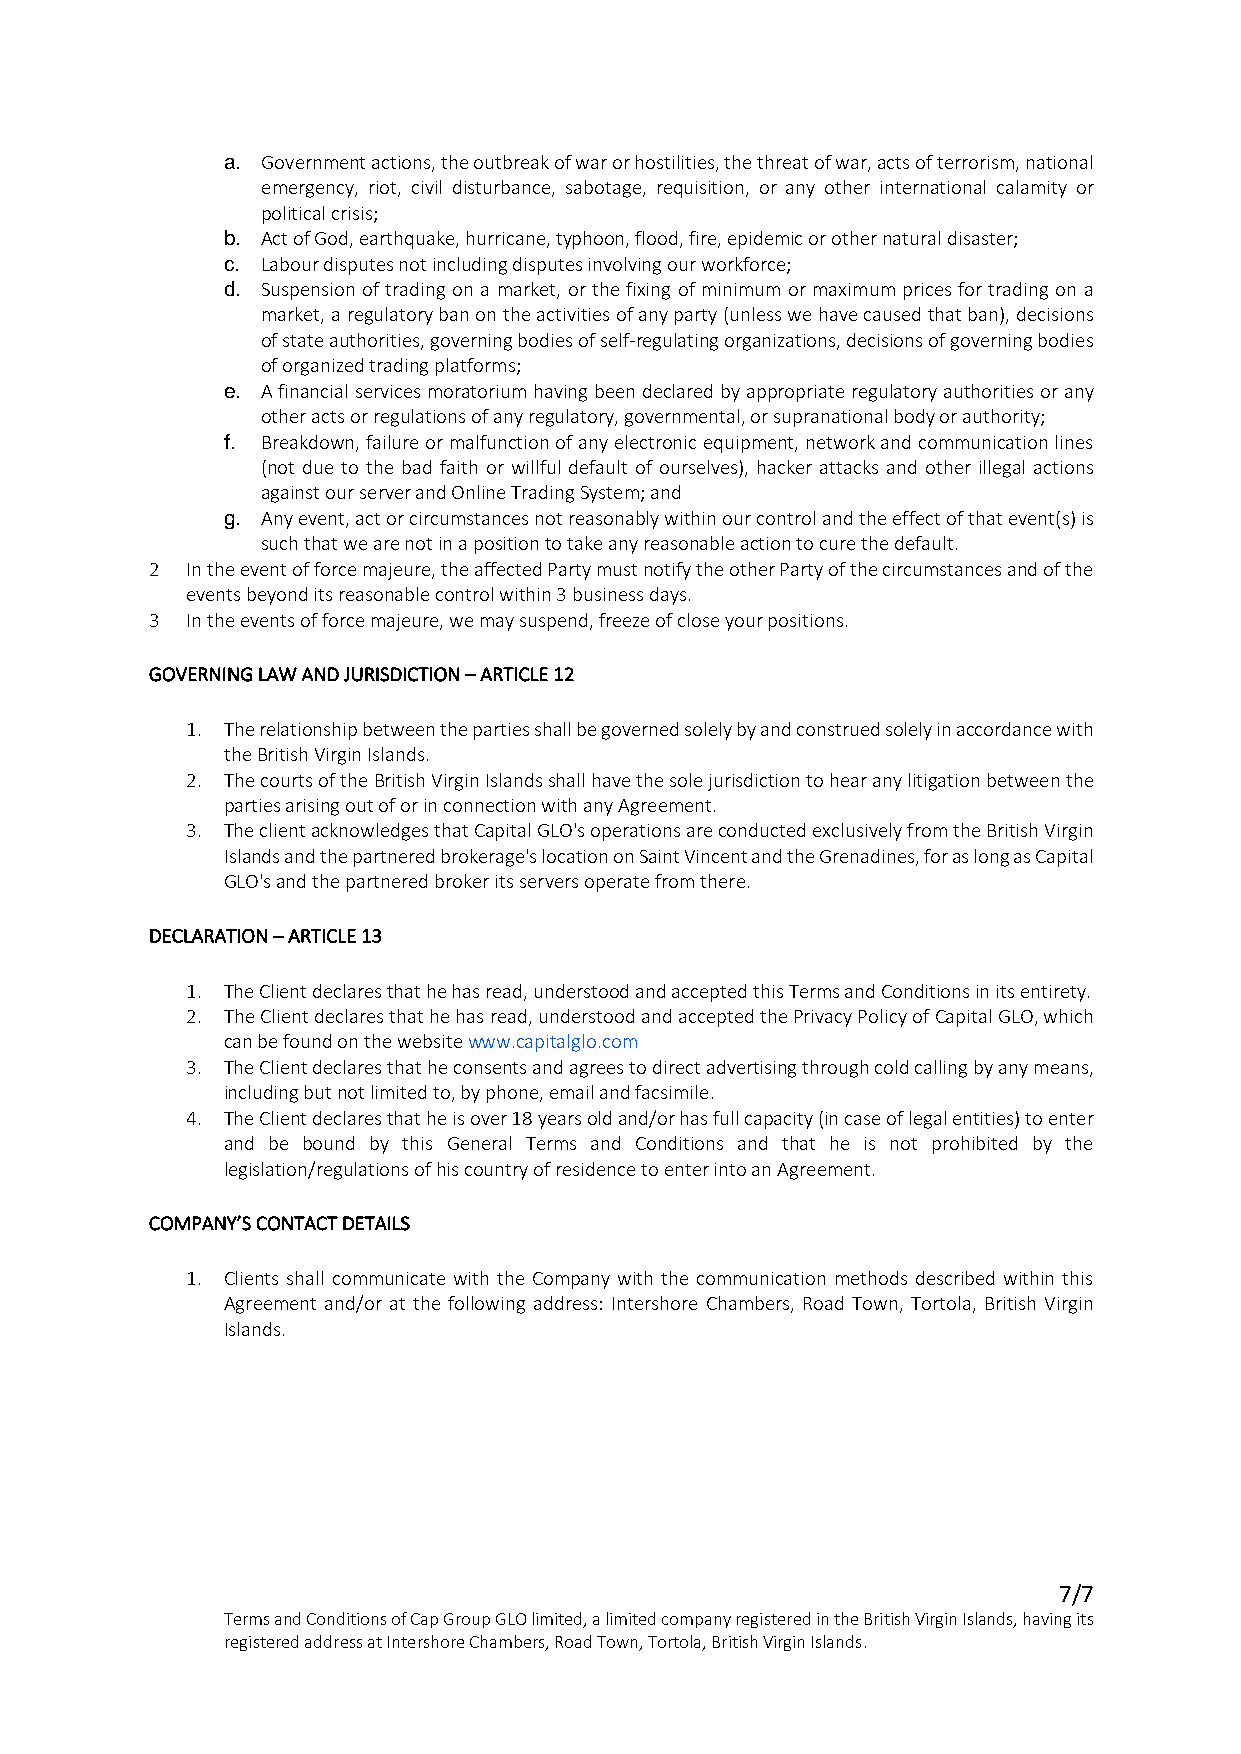
a. Government actions, the outbreak of war or hostilities, the threat of war, acts of terrorism, national
 emergency, riot, civil disturbance, sabotage, requisition, or any other international calamity or
 political crisis;
 b. Act of God, earthquake, hurricane, typhoon, flood, fire, epidemic or other natural disaster;
 c. Labour disputes not including disputes involving our workforce;
 d. Suspension of trading on a market, or the fixing of minimum or maximum prices for trading on a
 market, a regulatory ban on the activities of any party (unless we have caused that ban), decisions
 of state authorities, governing bodies of self-regulating organizations, decisions of governing bodies
 of organized trading platforms;
 e. A financial services moratorium having been declared by appropriate regulatory authorities or any
 other acts or regulations of any regulatory, governmental, or supranational body or authority;
 f. Breakdown, failure or malfunction of any electronic equipment, network and communication lines
 (not due to the bad faith or willful default of ourselves), hacker attacks and other illegal actions
 against our server and Online Trading System; and
 g. Any event, act or circumstances not reasonably within our control and the effect of that event(s) is
 such that we are not in a position to take any reasonable action to cure the default.
 2 In the event of force majeure, the affected Party must notify the other Party of the circumstances and of the
 events beyond its reasonable control within 3 business days.
 3 In the events of force majeure, we may suspend, freeze of close your positions.
 GOVERNING LAW AND JURISDICTION – ARTICLE 12
 1. The relationship between the parties shall be governed solely by and construed solely in accordance with
 the British Virgin Islands.
 2. The courts of the British Virgin Islands shall have the sole jurisdiction to hear any litigation between the
 parties arising out of or in connection with any Agreement.
 3. The client acknowledges that Capital GLO's operations are conducted exclusively from the British Virgin
 Islands and the partnered brokerage's location on Saint Vincent and the Grenadines, for as long as Capital
 GLO's and the partnered broker its servers operate from there.
 DECLARATION – ARTICLE 13
 1. The Client declares that he has read, understood and accepted this Terms and Conditions in its entirety.
 2. The Client declares that he has read, understood and accepted the Privacy Policy of Capital GLO, which
 can be found on the website www.capitalglo.com
 3. The Client declares that he consents and agrees to direct advertising through cold calling by any means,
 including but not limited to, by phone, email and facsimile.
 4. The Client declares that he is over 18 years old and/or has full capacity (in case of legal entities) to enter
 and be bound by this General Terms and Conditions and that he is not prohibited by the
 legislation/regulations of his country of residence to enter into an Agreement.
 COMPANY’S CONTACT DETAILS
 1. Clients shall communicate with the Company with the communication methods described within this
 Agreement and/or at the following address: Intershore Chambers, Road Town, Tortola, British Virgin
 Islands.
 7/7
 Terms and Conditions of Cap Group GLO limited, a limited company registered in the British Virgin Islands, having its
 registered address at Intershore Chambers, Road Town, Tortola, British Virgin Islands.